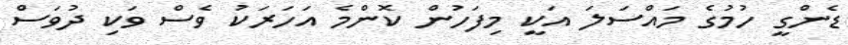
ޑެންގީ ހުމުގެ މައްސަލަ އަކީ މިފަހުން ކޮންމެ އަހަރަކު ވެސް ވަކި ދުވަސް